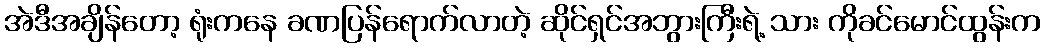
အဲဒီအချိန်တော့ ရုံးကနေ ခဏပြန်ရောက်လာတဲ့ ဆိုင်ရှင်အဘွားကြီးရဲ့ သား ကိုခင်မောင်ထွန်းက